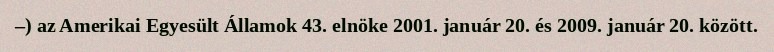
–) az Amerikai Egyesült Államok 43. elnöke 2001. január 20. és 2009. január 20. között.